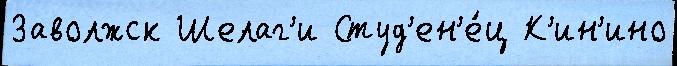
Заволжск Шелаг'и Студ'ен'е́ц К'ин'ино